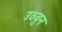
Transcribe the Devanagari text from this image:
उठवुन